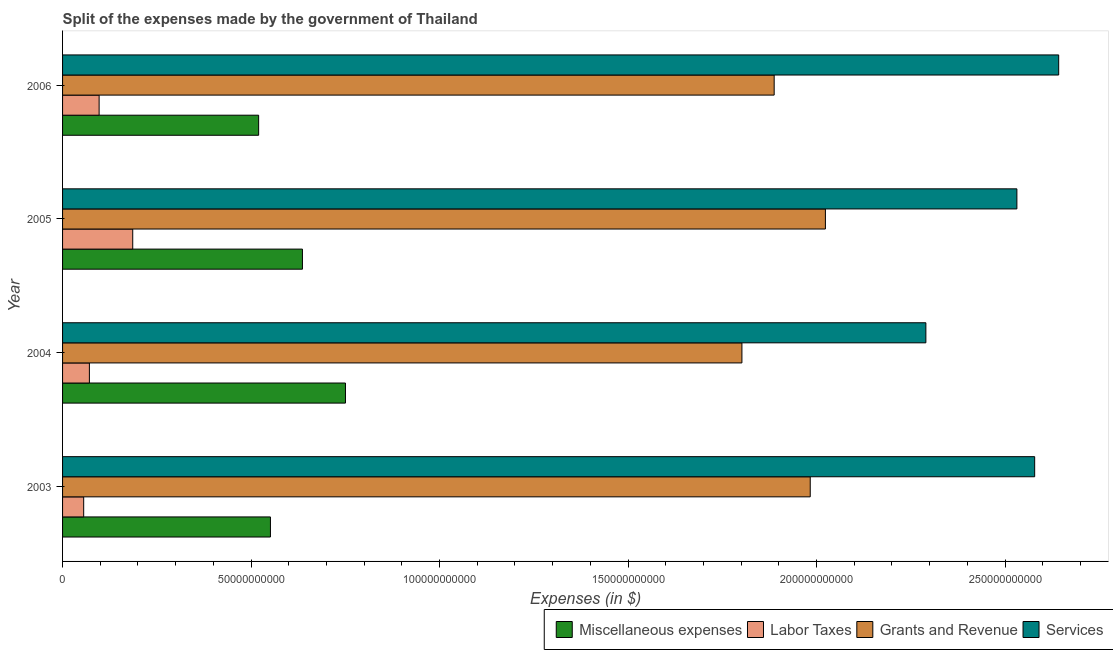
| Year | Miscellaneous expenses | Labor Taxes | Grants and Revenue | Services |
 | --- | --- | --- | --- | --- |
 | 2003 | 5.51e+10 | 5.6e+09 | 1.98e+11 | 2.58e+11 |
 | 2004 | 7.5e+10 | 7.12e+09 | 1.8e+11 | 2.29e+11 |
 | 2005 | 6.36e+10 | 1.86e+10 | 2.02e+11 | 2.53e+11 |
 | 2006 | 5.2e+10 | 9.7e+09 | 1.89e+11 | 2.64e+11 |